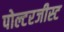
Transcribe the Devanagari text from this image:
पोल्टरजीस्ट